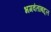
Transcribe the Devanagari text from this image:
भगवंतांबद्दल